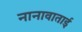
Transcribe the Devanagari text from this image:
नानावाताई